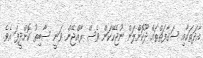
އާދަތަކާއި ސަގާފަތްތައް ދޫކޮށްލަން ނުޖެހޭކަން ވެސް ރާއްޖޭން ވަނީ ސާބިތު ކޮށްދީފަ އެވެ.